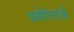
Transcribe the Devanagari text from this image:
अर्थवेत्ताओं